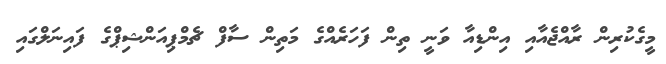
މީގެކުރިން ރާއްޖެއާއި އިންޑިއާ ވަނީ ތިން ފަހަރެއްގެ މަތިން ސާފް ޗެމްޕިއަންޝިޕްގެ ފައިނަލްގައި